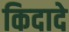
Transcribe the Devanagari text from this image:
किदादे